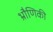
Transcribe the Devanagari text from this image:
भ्रौणिकी